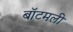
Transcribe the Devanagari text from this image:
बॉटमली